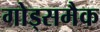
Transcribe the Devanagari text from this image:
गोड्समैक